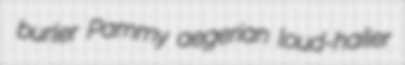
burler Pammy aegerian loud-hailer